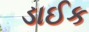
ડાઈક